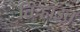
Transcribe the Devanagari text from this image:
तिऱ्हाइत